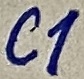
Text: C1